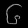
Digit: ၆